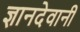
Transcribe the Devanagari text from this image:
ज्ञानदेवानी